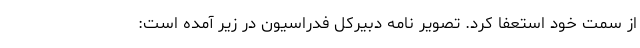
از سمت خود استعفا کرد. تصویر نامه دبیرکل فدراسیون در زیر آمده است: